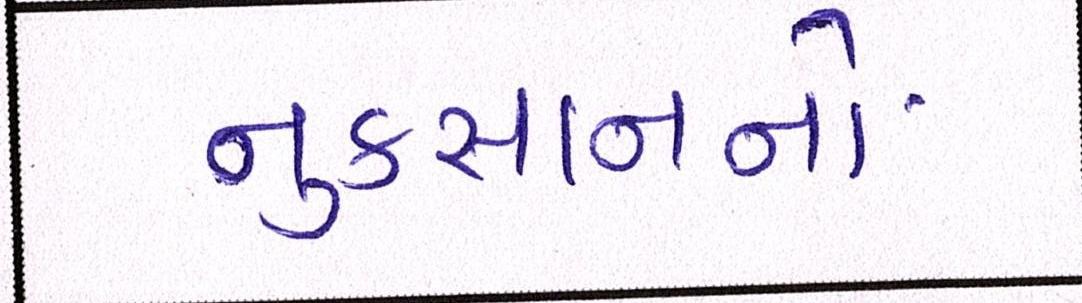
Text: નુકસાનનો